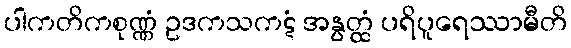
ပါကတိကစုဏ္ဏံ ဥဒကသကဋံ အနွတ္ထံ ပရိပူရေဿာမီတိ